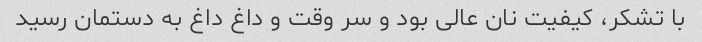
با تشکر، کیفیت نان عالی بود و سر وقت و داغ داغ به دستمان رسید